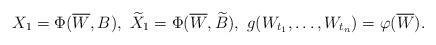
LaTeX: \begin{align*}X_1=\Phi(\overline W, B),\,\, \widetilde X_1 = \Phi(\overline W, \widetilde B),\,\, g(W_{t_1}, \ldots, W_{t_{n}})=\varphi(\overline W).\end{align*}